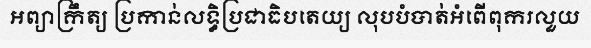
អព្យាក្រឹត្យ ប្រកាន់លទ្ធិប្រជាធិបតេយ្យ លុបបំបាត់អំពើពុករលួយ